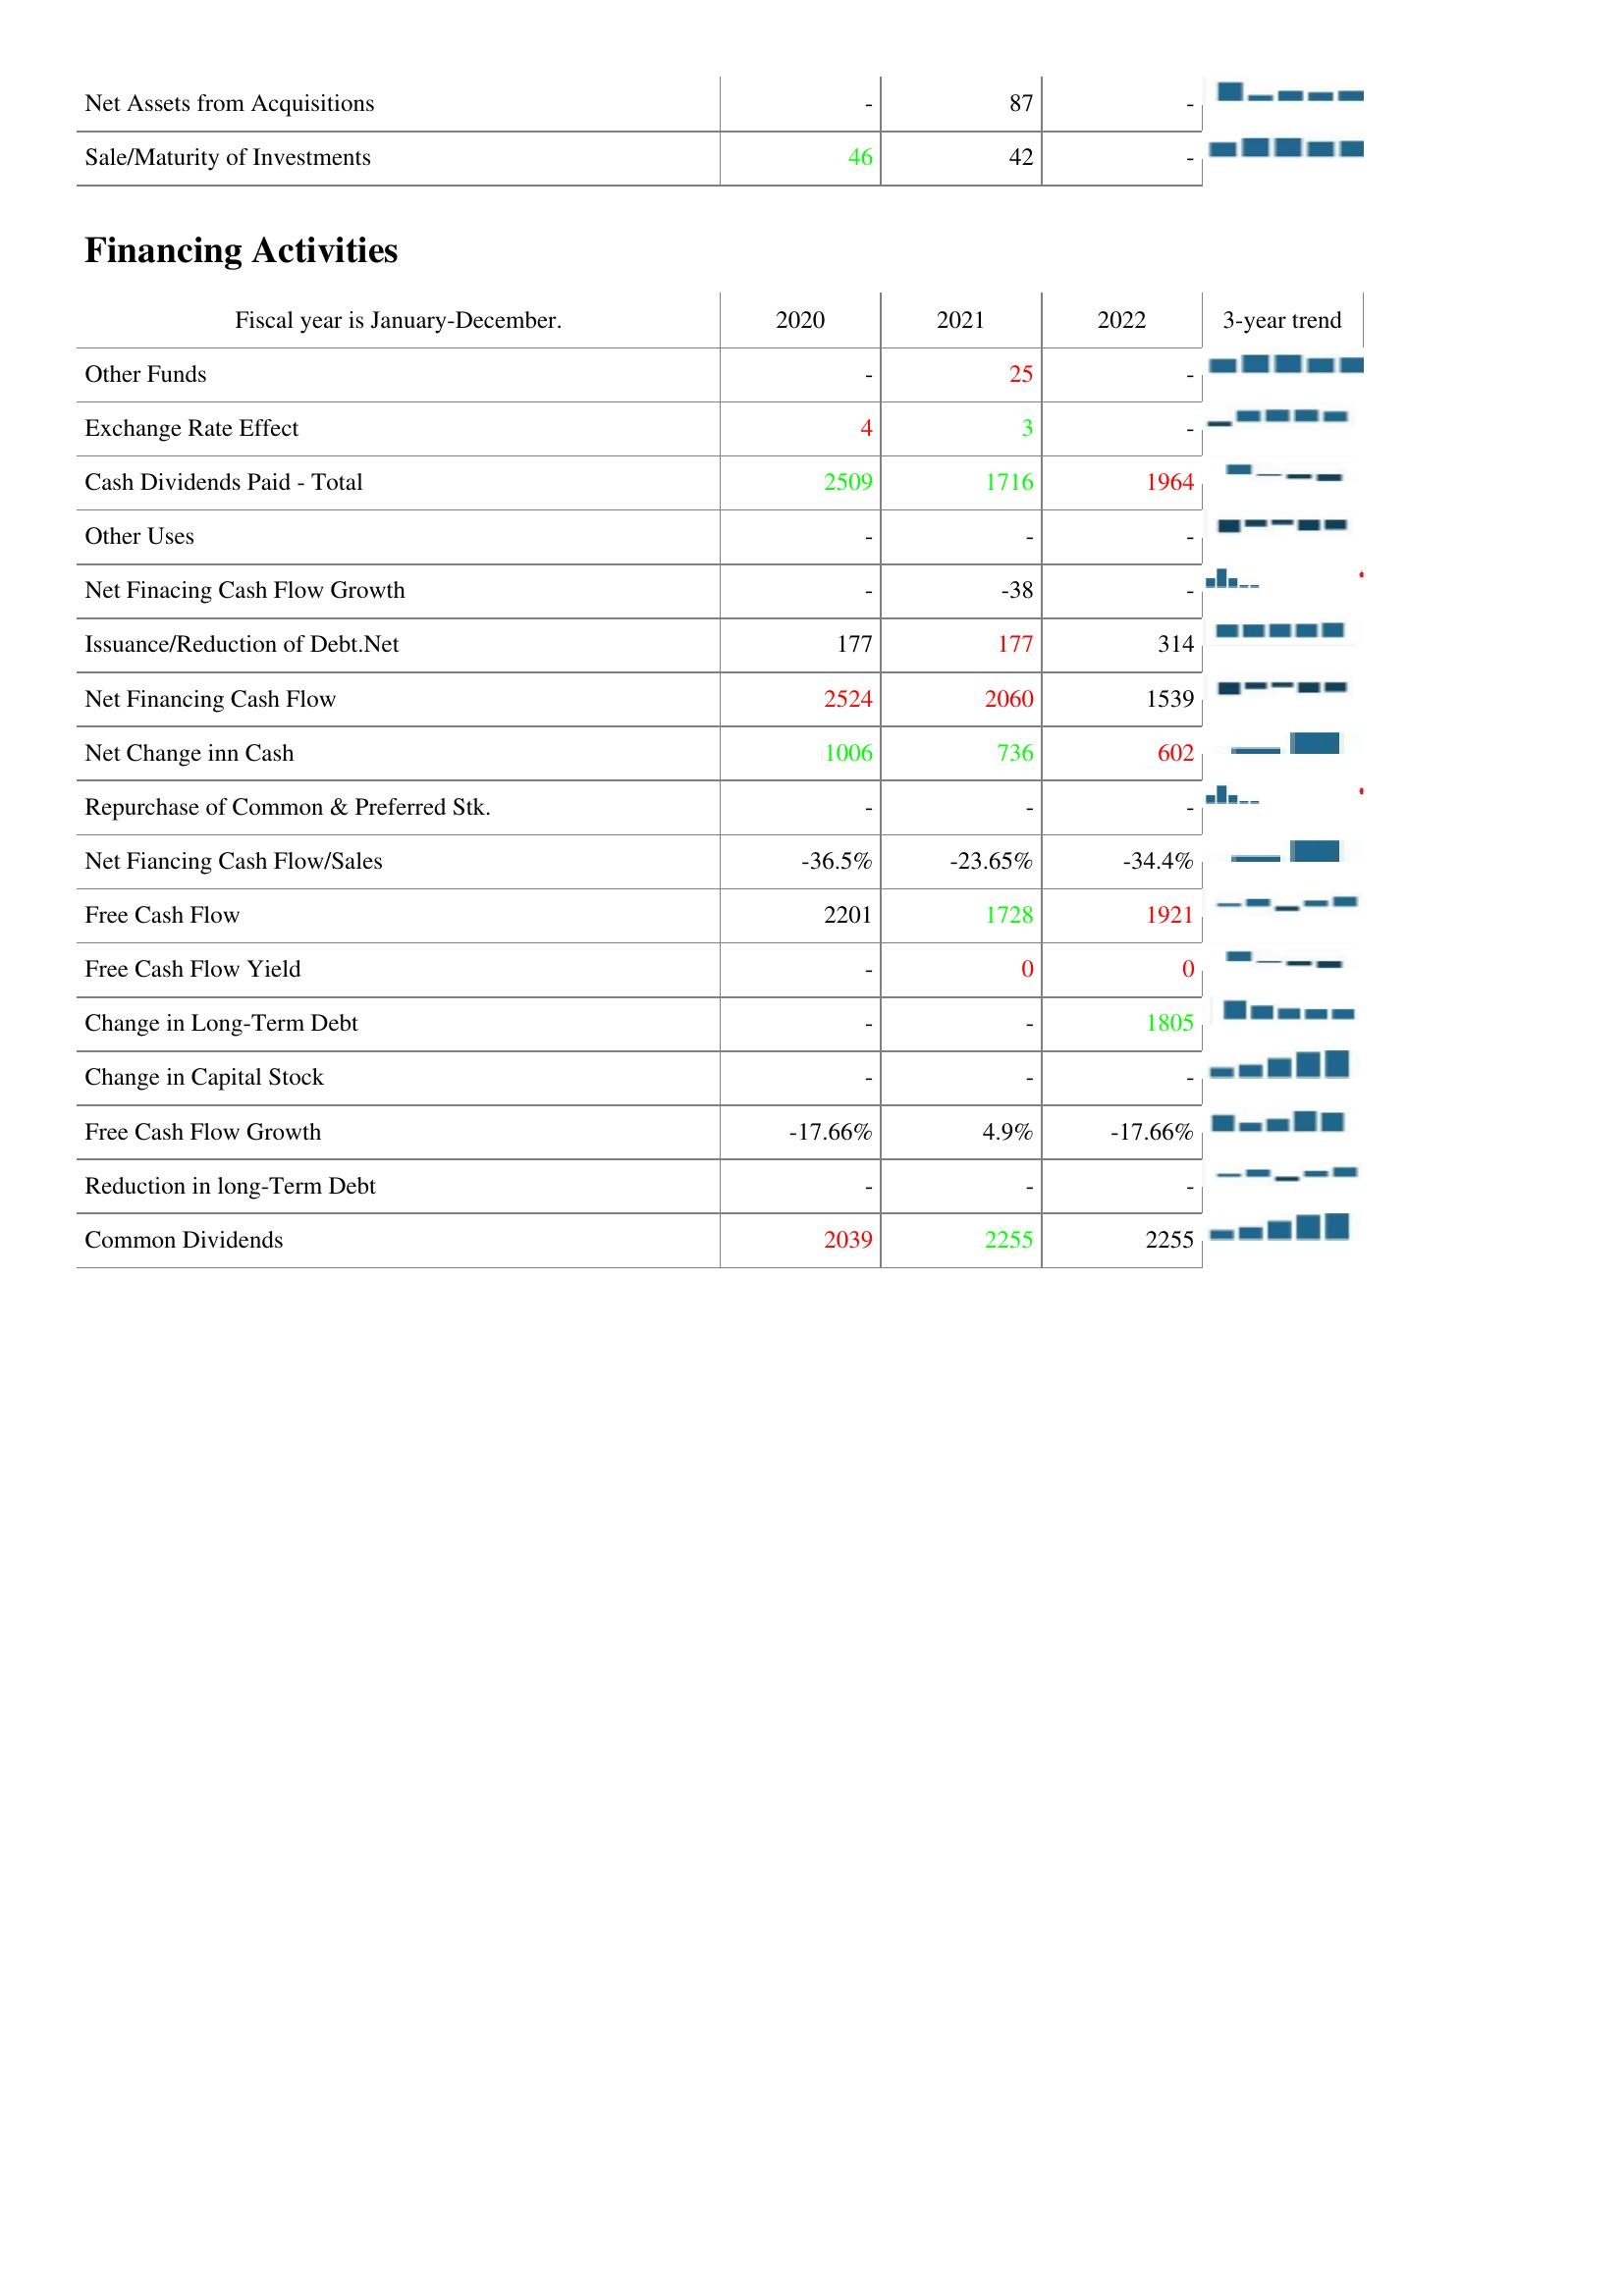
2020: Investing Activities: Net Assets from Acquisitions: -
Sale/Maturity of Investments: 46
Financing Activities: Other Funds: -
Exchange Rate Effect: 4
Cash Dividends Paid - Total: 2509
Other Uses: -
Net Finacing Cash Flow Growth: -
Issuance/Reduction of Debt.Net: 177
Net Financing Cash Flow: 2524
Net Change inn Cash: 1006
Repurchase of Common & Preferred Stk.: -
Net Fiancing Cash Flow/Sales: -36.5%
Free Cash Flow: 2201
Free Cash Flow Yield: -
Change in Long-Term Debt: -
Change in Capital Stock: -
Free Cash Flow Growth: -17.66%
Reduction in long-Term Debt: -
Common Dividends: 2039
2021: Investing Activities: Net Assets from Acquisitions: 87
Sale/Maturity of Investments: 42
Financing Activities: Other Funds: 25
Exchange Rate Effect: 3
Cash Dividends Paid - Total: 1716
Other Uses: -
Net Finacing Cash Flow Growth: -38
Issuance/Reduction of Debt.Net: 177
Net Financing Cash Flow: 2060
Net Change inn Cash: 736
Repurchase of Common & Preferred Stk.: -
Net Fiancing Cash Flow/Sales: -23.65%
Free Cash Flow: 1728
Free Cash Flow Yield: 0
Change in Long-Term Debt: -
Change in Capital Stock: -
Free Cash Flow Growth: 4.9%
Reduction in long-Term Debt: -
Common Dividends: 2255
2022: Investing Activities: Net Assets from Acquisitions: -
Sale/Maturity of Investments: -
Financing Activities: Other Funds: -
Exchange Rate Effect: -
Cash Dividends Paid - Total: 1964
Other Uses: -
Net Finacing Cash Flow Growth: -
Issuance/Reduction of Debt.Net: 314
Net Financing Cash Flow: 1539
Net Change inn Cash: 602
Repurchase of Common & Preferred Stk.: -
Net Fiancing Cash Flow/Sales: -34.4%
Free Cash Flow: 1921
Free Cash Flow Yield: 0
Change in Long-Term Debt: 1805
Change in Capital Stock: -
Free Cash Flow Growth: -17.66%
Reduction in long-Term Debt: -
Common Dividends: 2255